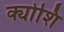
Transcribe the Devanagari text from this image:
क्योशि